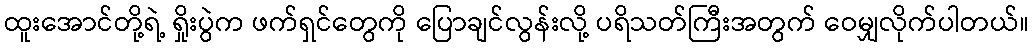
ထူးအောင်တို့ရဲ့ ရှိုးပွဲက ဖက်ရှင်တွေကို ပြောချင်လွန်းလို့ ပရိသတ်ကြီးအတွက် ဝေမျှလိုက်ပါတယ်။